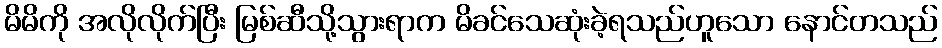
မိမိကို အလိုလိုက်ပြီး မြစ်ဆီသို့သွားရာက မိခင်သေဆုံးခဲ့ရသည်ဟူသော နောင်တသည်